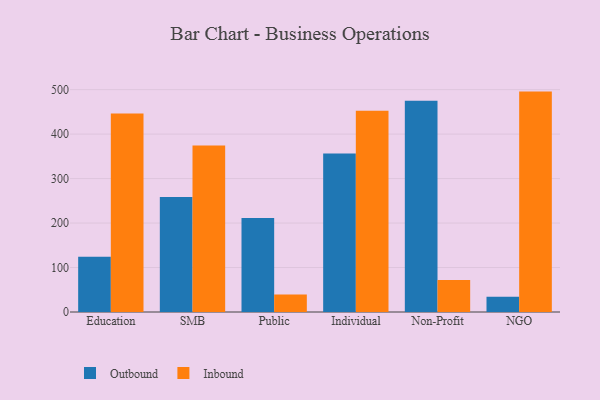
{"axis": {"x": "Segment", "y": "Gross Profit (USD K)"}, "legend": ["Inbound", "Outbound"], "data": [{"x": "Education", "y": 124.3, "type": "Outbound"}, {"x": "Education", "y": 446.1, "type": "Inbound"}, {"x": "SMB", "y": 258.8, "type": "Outbound"}, {"x": "SMB", "y": 374.2, "type": "Inbound"}, {"x": "Public", "y": 211.6, "type": "Outbound"}, {"x": "Public", "y": 39.3, "type": "Inbound"}, {"x": "Individual", "y": 356.3, "type": "Outbound"}, {"x": "Individual", "y": 452.6, "type": "Inbound"}, {"x": "Non-Profit", "y": 475.2, "type": "Outbound"}, {"x": "Non-Profit", "y": 71.8, "type": "Inbound"}, {"x": "NGO", "y": 34.1, "type": "Outbound"}, {"x": "NGO", "y": 495.6, "type": "Inbound"}]}